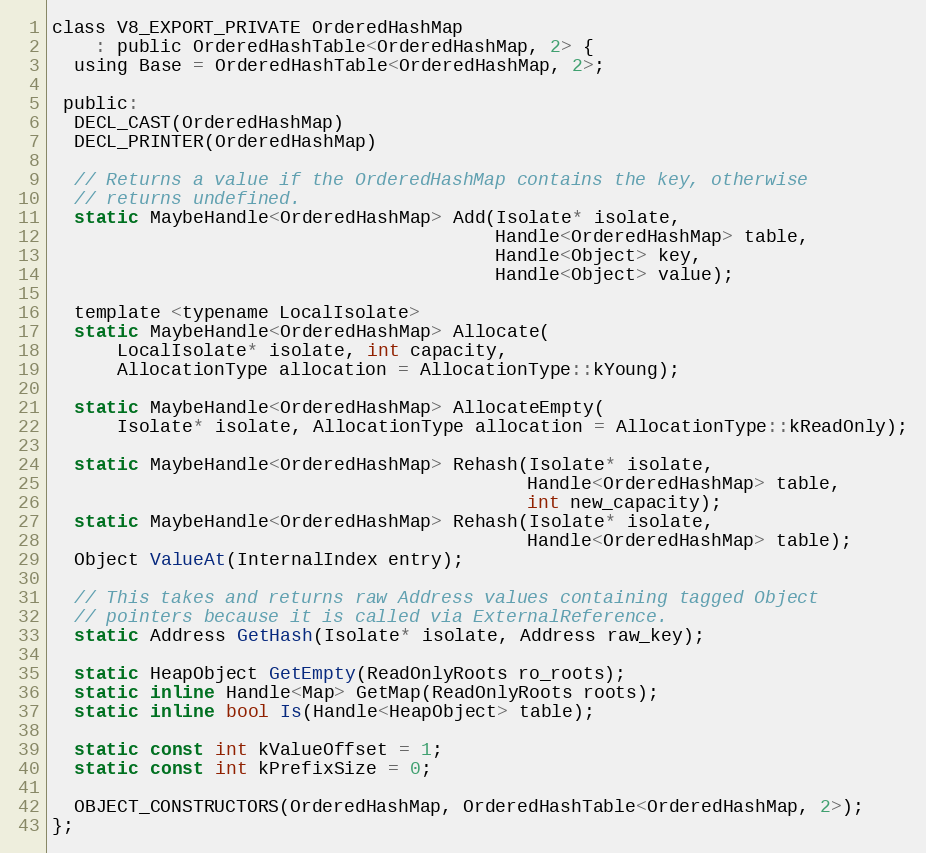
Language: C
class V8_EXPORT_PRIVATE OrderedHashMap
    : public OrderedHashTable<OrderedHashMap, 2> {
  using Base = OrderedHashTable<OrderedHashMap, 2>;

 public:
  DECL_CAST(OrderedHashMap)
  DECL_PRINTER(OrderedHashMap)

  // Returns a value if the OrderedHashMap contains the key, otherwise
  // returns undefined.
  static MaybeHandle<OrderedHashMap> Add(Isolate* isolate,
                                         Handle<OrderedHashMap> table,
                                         Handle<Object> key,
                                         Handle<Object> value);

  template <typename LocalIsolate>
  static MaybeHandle<OrderedHashMap> Allocate(
      LocalIsolate* isolate, int capacity,
      AllocationType allocation = AllocationType::kYoung);

  static MaybeHandle<OrderedHashMap> AllocateEmpty(
      Isolate* isolate, AllocationType allocation = AllocationType::kReadOnly);

  static MaybeHandle<OrderedHashMap> Rehash(Isolate* isolate,
                                            Handle<OrderedHashMap> table,
                                            int new_capacity);
  static MaybeHandle<OrderedHashMap> Rehash(Isolate* isolate,
                                            Handle<OrderedHashMap> table);
  Object ValueAt(InternalIndex entry);

  // This takes and returns raw Address values containing tagged Object
  // pointers because it is called via ExternalReference.
  static Address GetHash(Isolate* isolate, Address raw_key);

  static HeapObject GetEmpty(ReadOnlyRoots ro_roots);
  static inline Handle<Map> GetMap(ReadOnlyRoots roots);
  static inline bool Is(Handle<HeapObject> table);

  static const int kValueOffset = 1;
  static const int kPrefixSize = 0;

  OBJECT_CONSTRUCTORS(OrderedHashMap, OrderedHashTable<OrderedHashMap, 2>);
};